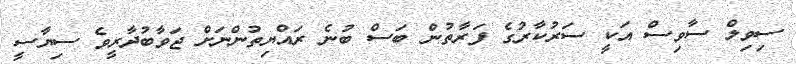
ސިވިލް ސާވިސް އަކީ ސަރުކާރުގެ ފަރާތުން ބަސް ބުނެ ރައްޔިތުންނަށް ޖަވާބުދާރީވެ ސިޔާސީ